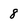
Character: 8